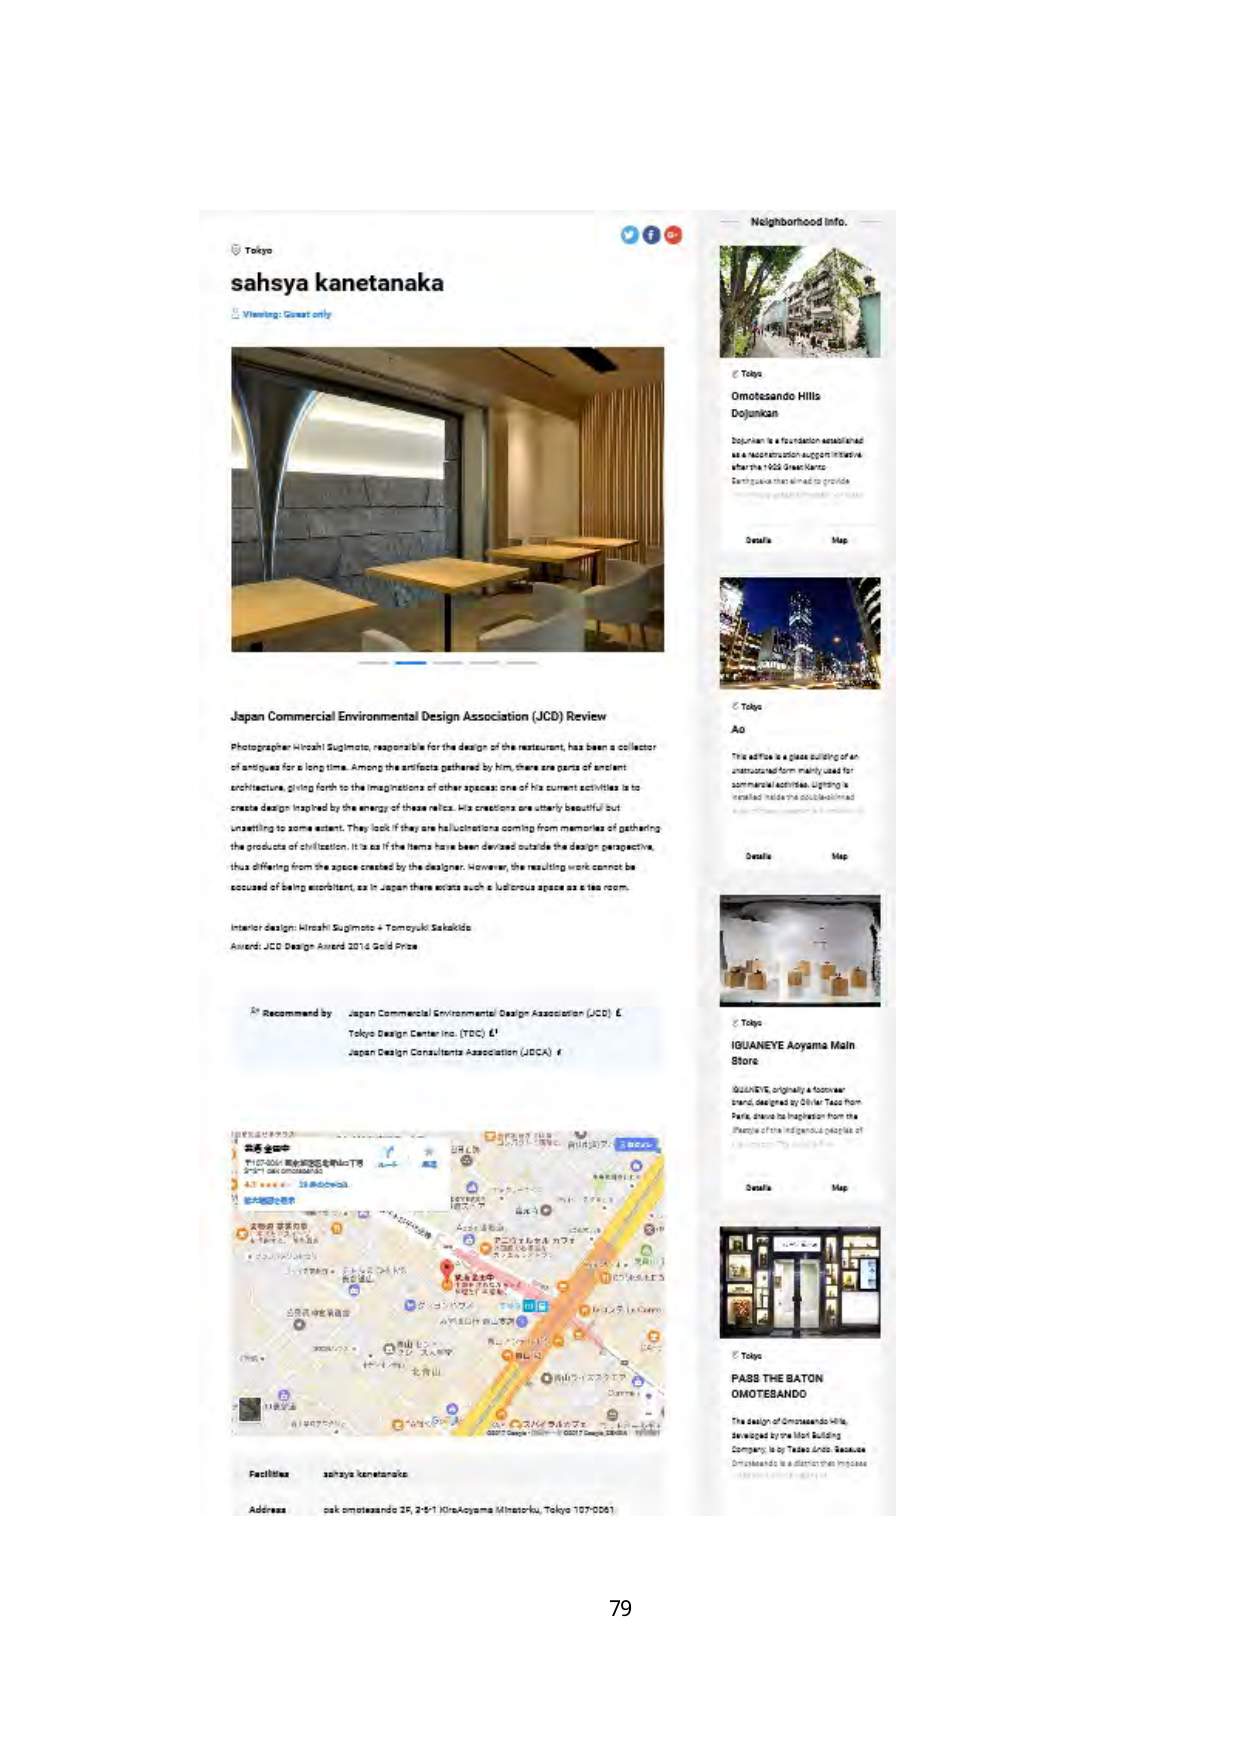
Tokyo
sahsya kanetanaka
Viewing: Guest only

Japan Commercial Environmental Design Association (JCD) Review
Photographer Hiroshi Sugimoto, responsible for the design of the restaurant, has been a collector of antiques for a long time. Among the artifacts gathered by him, there are parts of ancient architecture, giving forth to the imaginations of other spaces: one of his current activities is to create design inspired by the energy of these relics. His creations are utterly beautiful but unsettling to some extent. They look if they are hallucinations coming from memories of gathering the products of civilization. It is as if the items have been devised outside the design perspective, thus differing from the space created by the designer. However, the resulting work cannot be accused of being exorbitant, as in Japan there exists such a ludicrous space as a tea room.

Interior design: Hiroshi Sugimoto + Tomoyuki Sakakida
Award: JCD Design Award 2014 Gold Prize

Recommend by
Japan Commercial Environmental Design Association (JCD)
Tokyo Design Center Inc. (TDC)
Japan Design Consultants Association (JDCA)

Facilities: sahsya kanetanaka
Address: oak omotesando 3F, 2-9-1 Kita-Aoyama Minato-ku, Tokyo 107-0061

Neighborhood Info.
Tokyo
Omotesando Hills
Dojunkan
Dojunkan is a foundation established as a reconstruction support initiative after the 1923 Great Kanto Earthquake that aimed to provide...
Details Map

Tokyo
Ao
This edifice is a glass building of an unstructured form, mainly used for commercial activities. Lighting is installed inside the double-...
Details Map

Tokyo
IGUANEYE Aoyama Main Store
IGUANEYE, originally a footwear brand designed by Olivier Tasso from Paris, draws its inspiration from the shapes of the indigenous peoples of...
Details Map

Tokyo
PASS THE BATON
OMOTESANDO
The design of Omotesando Hills, developed by the Mori Building Company, is by Tadao Ando. Because Omotesando is a district that imposes...

79